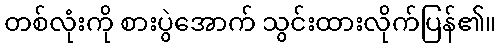
တစ်လုံးကို စားပွဲအောက် သွင်းထားလိုက်ပြန်၏။